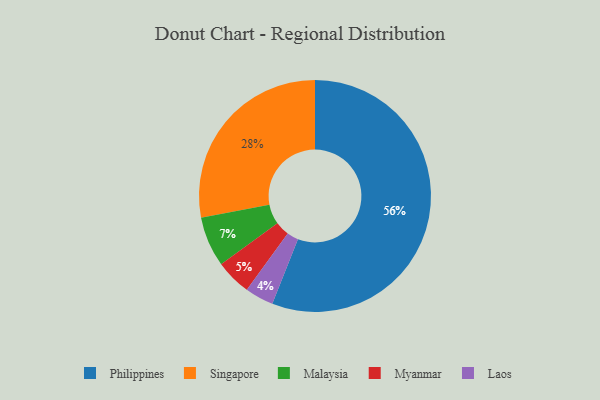
{"axis": {"x": "Category", "y": "Percentage"}, "legend": ["Laos", "Malaysia", "Myanmar", "Philippines", "Singapore"], "data": [{"x": "Myanmar", "y": 5, "type": "Myanmar"}, {"x": "Philippines", "y": 56, "type": "Philippines"}, {"x": "Singapore", "y": 28, "type": "Singapore"}, {"x": "Laos", "y": 4, "type": "Laos"}, {"x": "Malaysia", "y": 7, "type": "Malaysia"}]}